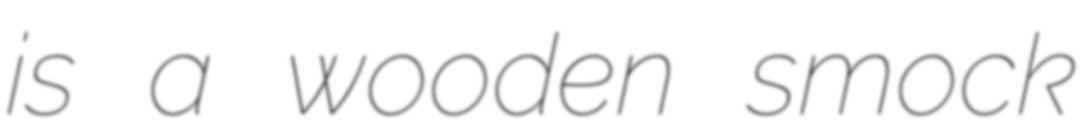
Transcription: is a wooden smock